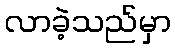
လာခဲ့သည်မှာ